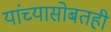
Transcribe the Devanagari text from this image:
यांच्यासोबतही